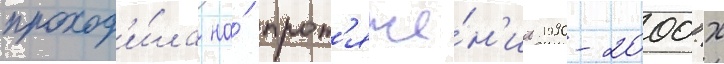
проход'и́ла на́ прот'яже́н'ии 1990-2000-х